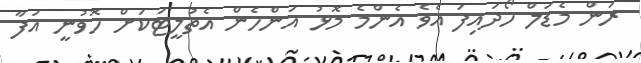
ރަން މެޑަލް ހޯދައިފަ އެވެ އެންމެ މޮޅު އަންހެން އެތުލީޓަކަށް ހޮވުނީ އަފާ